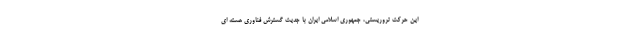
این حرکت تروریستی، جمهوری اسلامی ایران با جدیت گسترش فناوری هسته ای